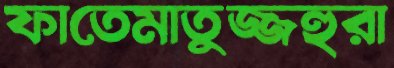
ফাতেমাতুজ্জহুরা